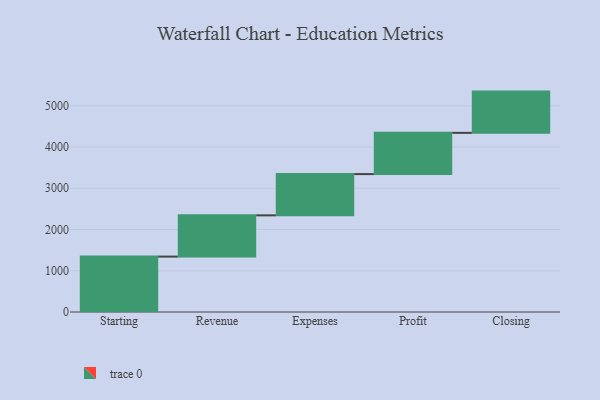
{"axis": {"x": "Step", "y": "Value"}, "legend": [""], "data": [{"x": "Starting", "y": 1343.0, "type": ""}, {"x": "Revenue", "y": 1000, "type": ""}, {"x": "Expenses", "y": 1000, "type": ""}, {"x": "Profit", "y": 1000, "type": ""}, {"x": "Closing", "y": 1000, "type": ""}]}